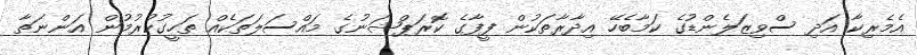
އެމެރިކާ އަދި ސްވިޒަލެންޑުގެ ކަމާބެހޭ އިދާރާތަކުން ފީފާގެ ކޮރަޕްޝަނުގެ މައްސަލަތަކެއް ތަހީގުކުރުމުން އަންނަތާ